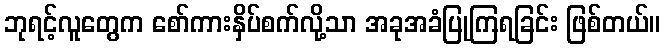
ဘုရင့်လူတွေက စော်ကားနှိပ်စက်လို့သာ အခုအခံပြုကြရခြင်း ဖြစ်တယ်။